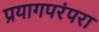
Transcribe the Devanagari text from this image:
प्रयागपरंपरा